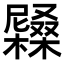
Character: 𡳭